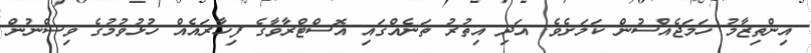
އިންތިޒާމު ހަމަޖެއްސުން ކަމަށެވެ. އަދި އިތުރު ތަނެއްގައި އޮސްޓްރާވާގެ ފިހާރައެއް ހުޅުވުމުގެ ވިސްނުން